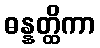
ဓန္နတ္ထိကာ